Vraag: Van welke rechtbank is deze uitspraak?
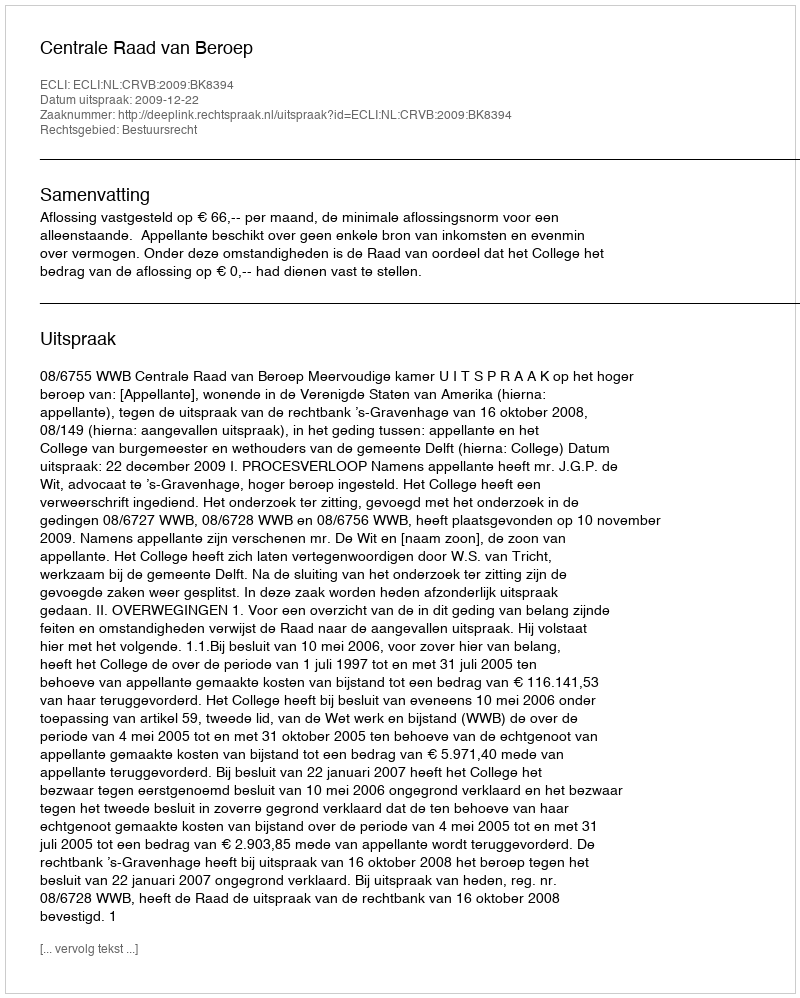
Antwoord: Centrale Raad van Beroep